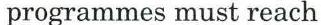
programmes must reach